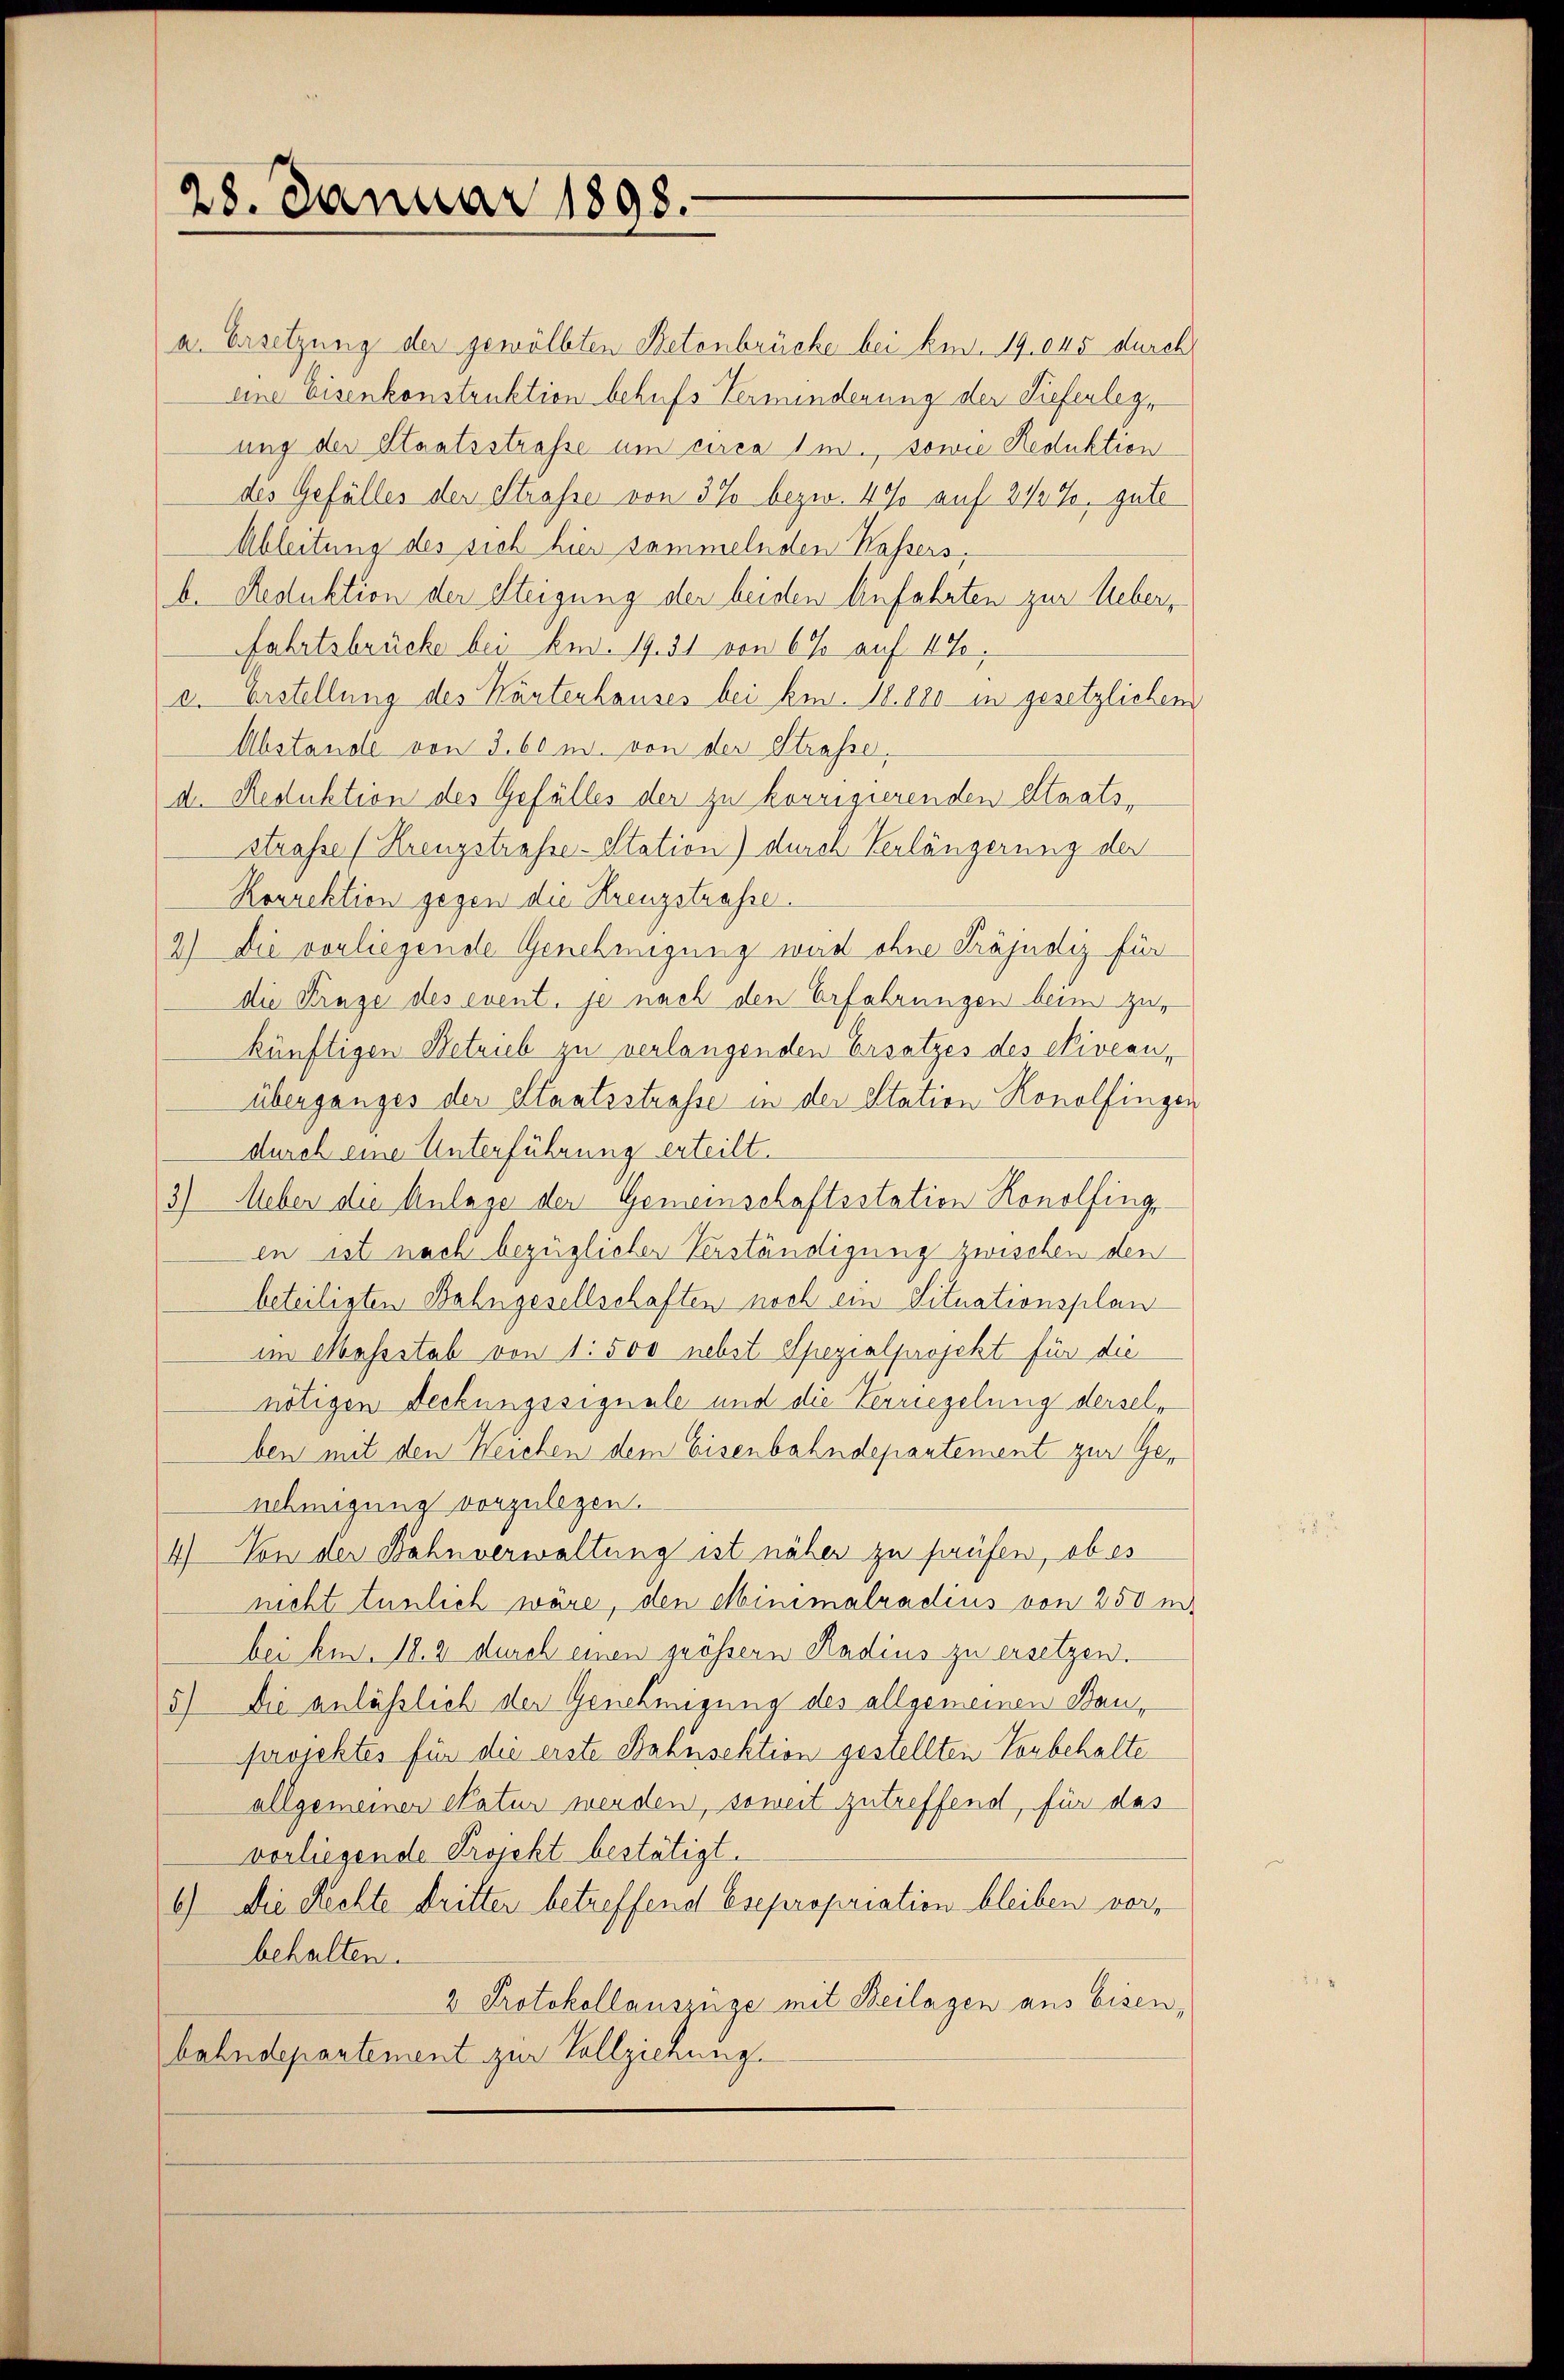
28. Januar 1898.

a. Ersetzung der gewölbten Betenbrücke bei kn. 19. 645 durch
eine Eisenkonstruktion behufs Verminderung der Lieferleg
ung der Staatsstrasse um circa 1 m., sowie Reduktion
des Gefälles der Strasse von 3% bezw. 4% auf 34 %, gute
Ableitung des sich hier sammelnden Kassers,
b. Reduktion der Steigung der beiden Aufahrten zur Ueber¬
Fahrtsbrücke bei Bed. 19. 31 von 6 % auf 4%,
c. Erstellung des Kantenhauses bei kn. 18. 880 in gesetzlichen
Abstande von S. 60 m. von der Strasse,
d. Reduktion des Gefälles der zu korrigierenden Staatsstrasse (Krenzstrafse-Station) durch Verlängerung der
Rorrektion gegen die Kreuzstraße.
2) Die vorliegende Genehmigung wird ohne Präjudiz für
die Frage des event. je nach den Erfahrungen beim Zukünftigen Betrieb zu verlangenden Ersatzes des Niveau,
überganges der Staatsstrasse in der Station Konolfingen
durch eine Unterführung erteilt.
3) Meber die Anlage der Gemeinschaftsstation Konolfings-
en ist nach bezüglicher Verständigung zwischen den
beteiligten Bahngesellschaften noch ein Situationsplan
im Massstab von 1. 500 nebst Spezialprojekt für die
nötigen Deckungssignale und die Verriegelung derselben mit den Weichen dem Eisenbahndepartement zur Genehmigung vorzulegen.
4) Von der Bahnverwaltung ist näher zu prüfen, ob es
nicht tunlich wäre, den Minimalradius von 250 m
bei kn. 18. 2 durch einen grössern Radius zu ersetzen.
5) Die anläßlich der Genehmigung des allgemeinen Bauprojektes für die erste Bahnsektion gestellten Vorbehalte
allgemeinen Skatur werden, soweit zutreffend, für das
vorliegende Projekt bestätigt.
6.) Die Rechte dritter betreffend Esepropriation bleiben vorbehalten.
2 Protokollauszüge mit Beilagen aus Eisen,
bahndepartement zur Vollziehung.